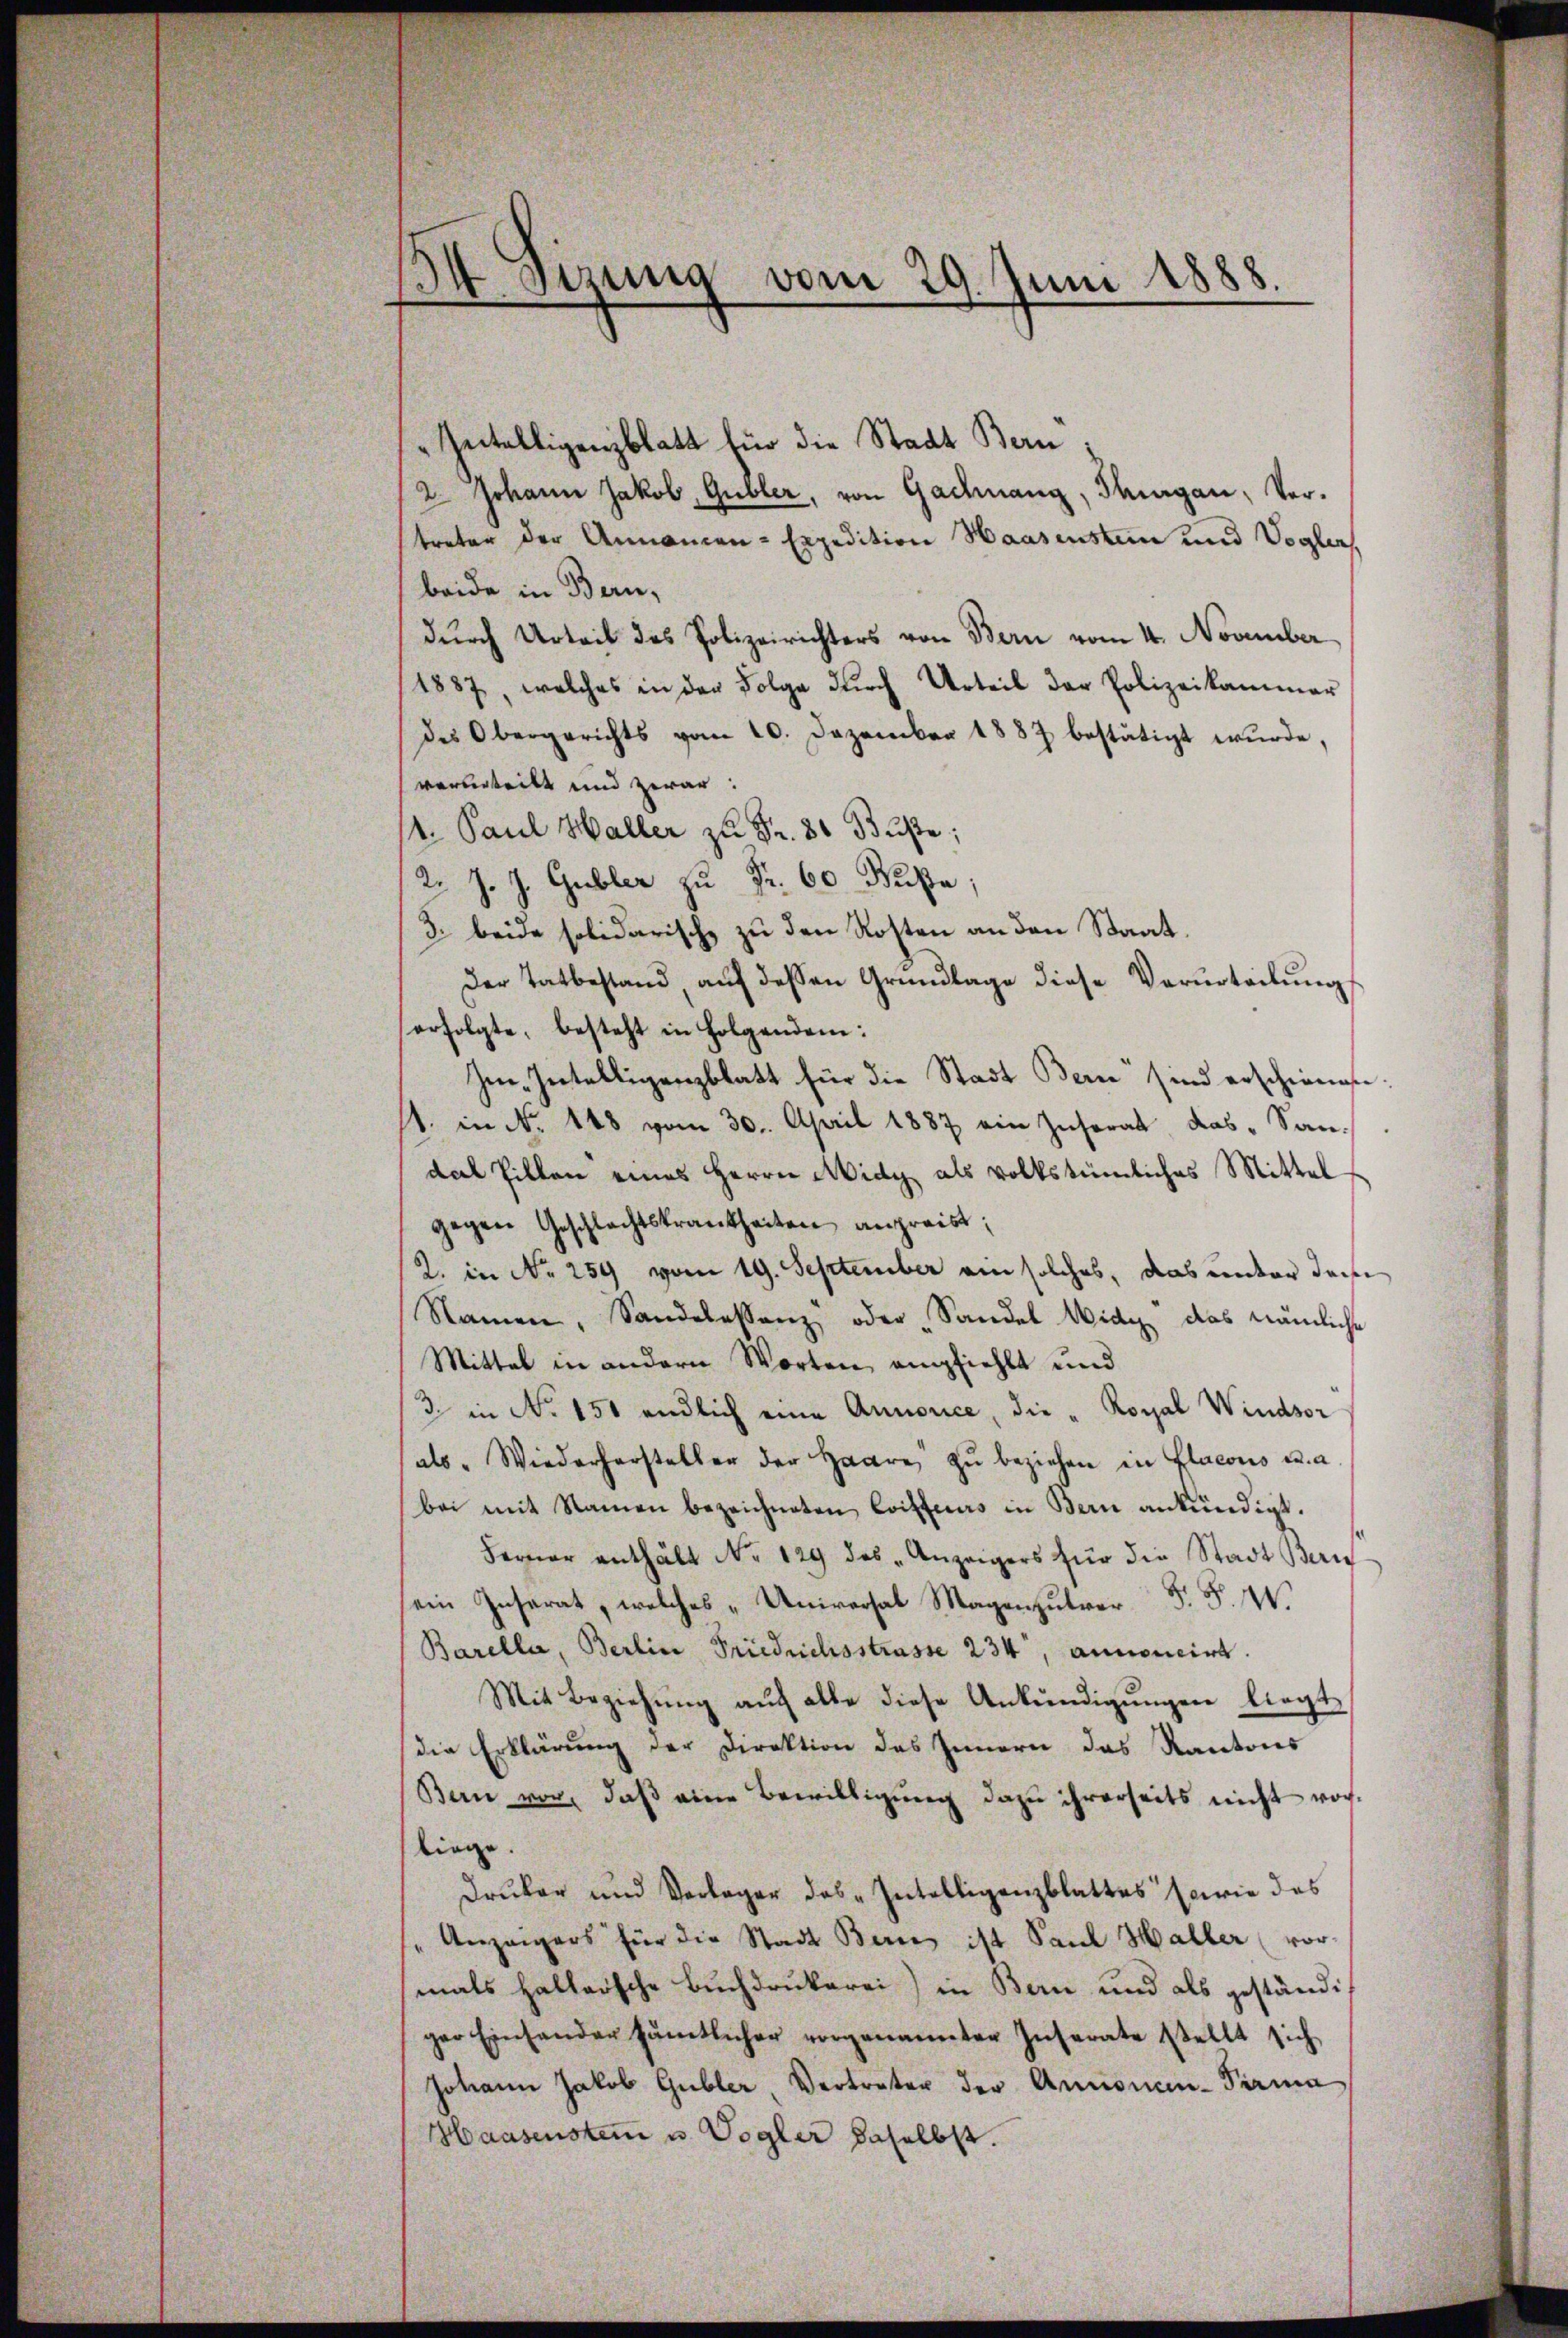
34 Sizung vom 29. Juni 1888.

Zeitelligenzblatt für die Stadt Bern
2 Johann Jakob Gubler, von Gachnang, Thurgau, Vertreter der Annancen-Expedition Haasensten und Voglers,
beide in Bern,
durch Urteil des Polizeirichters von Bern vom 4. November
1887, welches in der Folge dŭrch Urteil der Polizeikammer
des Obergerichts vom 10. Dezember 1887 bestätigt wŭrde,
verurteilt und zwar:
4. Paul Haller zu Fr. 86 Büste;
2. J. J. Gubler zu Fr. 60 Fuße;
3. beide solidarische zu den Rosten an den Staat,
Der Tatbestand, auf dessen Grundlage diese Verurteilung
erfolgte, besteht in Folgendem:
Im Intelligenzblatt für die Stadt Bern sind erschienen:
1. in No. 148 vom 30. April 1887 ein Instrat das Sandal Zillen eines Herrn Midi als volkstümliches Mittel
gegen Geschlechtskrankheiten anpreist;
2. in No 259 vom 19. September am solches, das unter Jac
Namen, Sandelassenz oder Sandel Wide das nämliche
Mittel in andern Worten empfiehlt und
3 in No. 151 endlich eine Annonce, die - Royal Windsor
als. Wiederhersteller der Haare zŭ beziehen in Flacous u. a.
bei mit Namen bezeichneten Coiffeuers in Bern ankündigt.
Ferner enthält No 129 des „Anzeigers für die Stadt Bern
ein Inserat, welches „Universal Magenzutrer F. S. 41.
Barella, Berlin Friedrichsstrasse 234, annonicirt.
Mit Beziehŭng aŭch alle diese Ankündigŭngen liegt,
die Erklärung der Direktion des Innern das Kantons
Bern vor, daβ eine Bewilligŭng dazu ihrerseits nicht vorliege.
Druker und Vorlager das „Intelligenzblattes sowie des
" Anzeigers für die Stadt Berne ist Paul Haller (vor-
mals haltersche Buchdrukerei) in Bern und als geständiger Einsander sämtlicher vorgenannter Inserate stellt sich
Johann Jakob Gubler, Vertreter der Annonen-Parma
Haasensten u. Vogler daselbst.